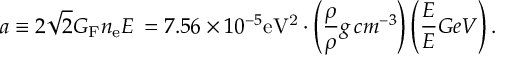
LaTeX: a \equiv 2 \sqrt { 2 } G _ { \mathrm { F } } n _ { \mathrm { e } } E \nonumber \, = 7 . 5 6 \times 1 0 ^ { - 5 } \mathrm { e V ^ { 2 } } \cdot \left( \frac { \rho } { \rho } { g \, c m ^ { - 3 } } \right) \left( \frac { E } { E } { G e V } \right) .